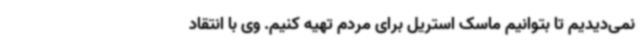
نمی‌دیدیم تا بتوانیم ماسک استریل برای مردم تهیه کنیم. وی با انتقاد